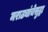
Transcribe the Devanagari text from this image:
मराठ्यांचेसुद्धा